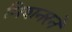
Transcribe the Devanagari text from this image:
मिशनरने